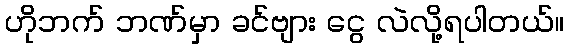
ဟိုဘက် ဘဏ်မှာ ခင်ဗျား ငွေ လဲလို့ရပါတယ်။